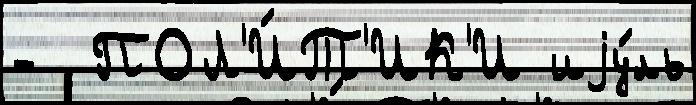
-  ПОЛ'И́Т'ИК'И иjу́ль